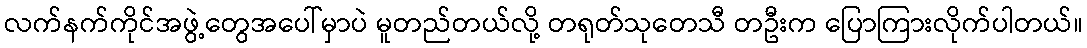
လက်နက်ကိုင်အဖွဲ့တွေအပေါ်မှာပဲ မူတည်တယ်လို့ တရုတ်သုတေသီ တဦးက ပြောကြားလိုက်ပါတယ်။